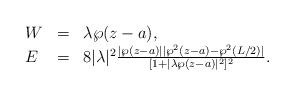
LaTeX: \begin{align*}\left.\begin{array}{lll}W&=&\lambda \wp(z-a), \\ E&=&8 |\lambda|^2 \frac{|\wp(z-a)||\wp^{2}(z-a)-\wp^{2}(L/2)|} {[1+|\lambda\wp(z-a)|^2]^2}.\end{array}\right.\end{align*}